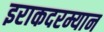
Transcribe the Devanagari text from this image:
इराकदरम्यान